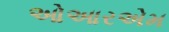
ઓઆરએમ